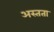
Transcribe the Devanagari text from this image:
अस्तता